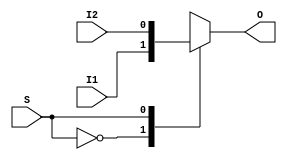
/*
This file contains Multiplexer for 
2 to 1 bit

Author: Sahil & Shravan
Date: 08-02-2024
*/


module Multiplexer_2_to_1(input I1, I2, S, output reg O);

    always @(I1, I2, S)
    begin
        case(S)
            1'b0: O = I1;
            1'b1: O = I2;
            default: O = 1'bx; // For undefined select
        endcase
    end

endmodule